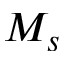
M _ { s }